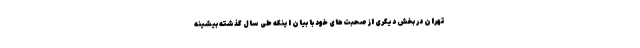
تهران در بخش دیگری از صحبت‌های خود با بیان اینکه طی سال گذشته بیشینه